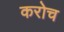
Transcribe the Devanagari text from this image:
करोच